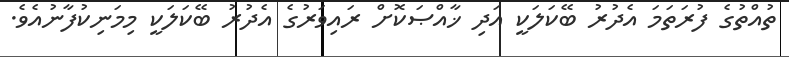
ތުއްތުގެ ފުރަތަމަ އެދުރު ބޭކަލަކީ އަދި ޚާއްޞަކޮށް ރައިވަރުގެ އެދުރު ބޭކަލަކީ މިމަނިކުފާނުއެވެ.